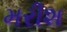
મરીશ